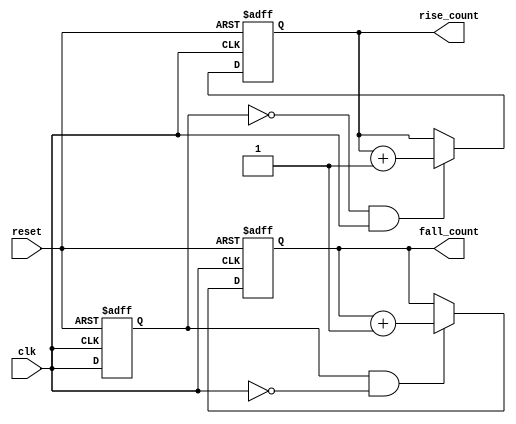
module edge_counter (
    input wire clk,            // Clock input
    input wire reset,          // Asynchronous reset
    output reg [31:0] rise_count, // Count of rising edges
    output reg [31:0] fall_count   // Count of falling edges
);

    // Register to hold the previous state of the clock
    reg previous_clk;

    // Always block triggered on clock event
    always @(posedge clk or posedge reset) begin
        if (reset) begin
            // Reset the counters and previous clock state
            rise_count <= 32'b0;
            fall_count <= 32'b0;
            previous_clk <= 1'b0; // Initialize to low
        end else begin
            // Edge Detection Logic
            if (previous_clk == 1'b0 && clk == 1'b1) begin
                // Rising edge detected
                rise_count <= rise_count + 1;
            end
            if (previous_clk == 1'b1 && clk == 1'b0) begin
                // Falling edge detected
                fall_count <= fall_count + 1;
            end
            // Update previous clock state
            previous_clk <= clk;
        end
    end

endmodule